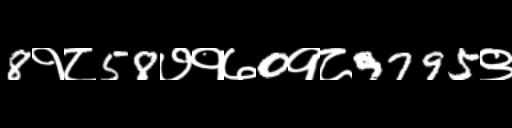
Text: 8१८58७१७0१८9795९